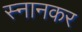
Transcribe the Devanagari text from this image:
स्नानकर